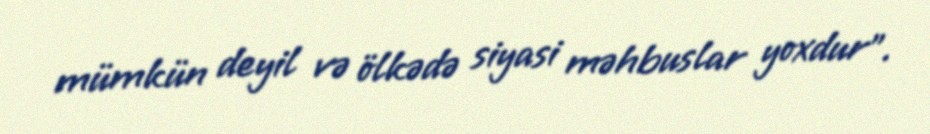
mümkün deyil və ölkədə siyasi məhbuslar yoxdur”.